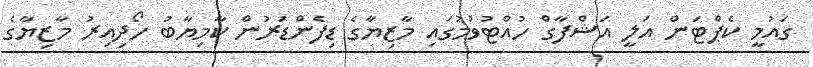
ގައުމީ ކެޕްޓަން އަލީ އަޝްފާގް ހުއްޓުވުމުގައި މާޒިޔާގެ ޑިފެންޑަރުން ކާމިޔާބު ހޯދިއިރު މާޒިޔާގެ